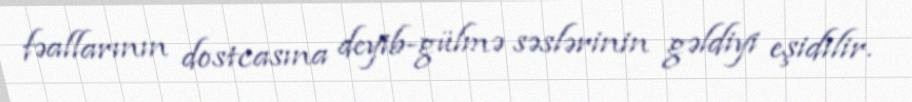
fəallarının dostcasına deyib-gülmə səslərinin gəldiyi eşidilir.